system: You are a helpful assistant.
user:
Analyze the provided spectrum to determine if it is a **S-type Star**.

- **Key Indicators for S-type Star:**

    - **(Overall Spectrum Shape):** The first and most obvious characteristic is the overall continuum (the "baseline" shape). It is **extremely "red-sloping,"** meaning the flux (light intensity) is very low on the left side (blue, ~4000-4500 Å) and rises steeply and continuously toward the right side (red, ~7000 Å+).

    - **(Primary):** The spectrum is defined by the presence of strong, broad molecular absorption "valleys" (bands) from **Zirconium Oxide (ZrO)**. The identification of these bands is the **primary requirement** for classifying a star as S-type.
        - **(Key Bandheads):** You must find distinct, deep "dips" where the light has been absorbed. The most critical band systems to locate are:
            - **~6474 Å** ($\gamma$-system): This is often the strongest and clearest ZrO feature, found in the red part of the spectrum.
            - **~5718 Å** & **~5551 Å** ($\beta$-system): A pair of prominent absorption features in the yellow-orange part of the spectrum.
            - **~4640 Å** ($\alpha$-system): A key absorption band system in the blue-green region of the spectrum.

    - **(Secondary Confirmation):** The classification is strengthened by finding additional absorption bands from other related heavy element oxides, which are expected to be present alongside ZrO.
        - **(Key Bandheads):**
            - **Yttrium Oxide (YO):** Look for absorption dips near **~4800 Å** and **~6100 Å**.
            - **Lanthanum Oxide (LaO):** Additional absorption features, particularly in the red-orange part of the spectrum, are also characteristic.

    - **(Line Profile):** The combination of the steep red continuum and these numerous, deep molecular bands (ZrO, YO, etc.) gives the entire spectrum a very **"chopped-up"** or **"bumpy"** appearance. Instead of a smooth curve, the spectrum looks as though large, wide chunks of light have been "carved out" of it at the specific wavelengths listed above.

Think first, call **spectral_visualization_tool** if needed to examine features in detail, then provide your final answer. Your response must adhere to the following strict rules:
1.  **Overall Structure:** Your response must follow the format `<think>...</think> <tool_call>...</tool_call> (if a tool is used) <answer>...</answer>`.
2.  **Tool Usage Constraint:** You may only make **one** tool call per turn.
3.  **Final Answer Format:** In the `<answer>` tag, your conclusion must be inside a `\boxed{}` command (e.g., `\boxed{YES}` or `\boxed{NO}`), followed by your justification.

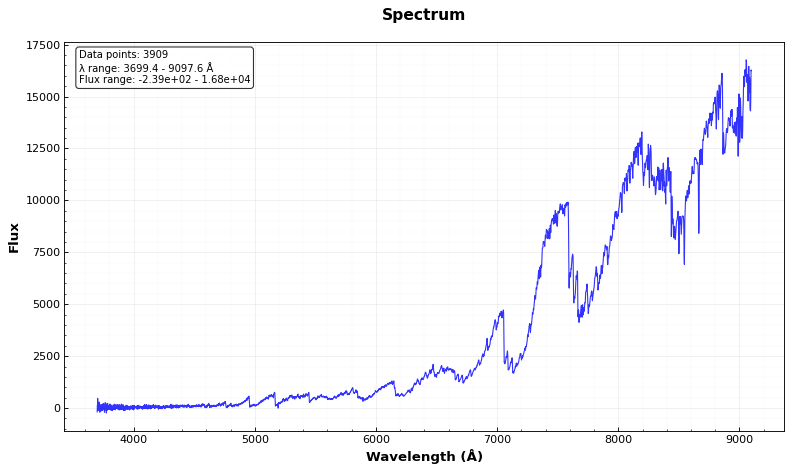
Answer: YES